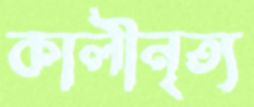
কালীনৃত্য